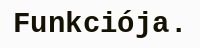
Funkciója.